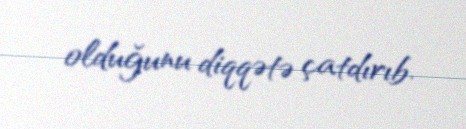
olduğunu diqqətə çatdırıb.